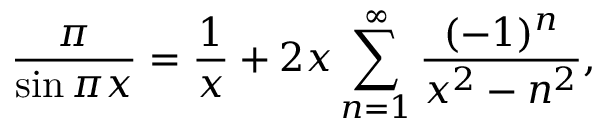
{ \frac { \pi } { \sin \pi x } } = { \frac { 1 } { x } } + 2 x \sum _ { n = 1 } ^ { \infty } { \frac { ( - 1 ) ^ { n } } { x ^ { 2 } - n ^ { 2 } } } ,